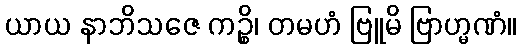
ယာယ နာဘိသဇေ ကဉ္စိ၊ တမဟံ ဗြူမိ ဗြာဟ္မဏံ။